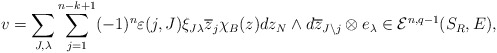
\begin{align*} v=\sum_{J,\lambda}\sum^{n-k+1}_{j=1}(-1)^n\varepsilon(j,J)\xi_{J\lambda}\overline{z}_j\chi_B(z)dz_N\wedge d\overline{z}_{J\setminus j}\otimes e_\lambda\in\mathcal{E}^{n,q-1}(S_R,E), \end{align*}